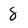
Character: 8